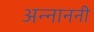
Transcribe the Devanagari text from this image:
अन्नाननी